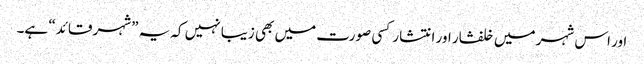
اور اس شہر میں خلفشار اور انتشار کسی صورت میں بھی زیبا نہیں کہ یہ ”شہر قائد“ ہے۔